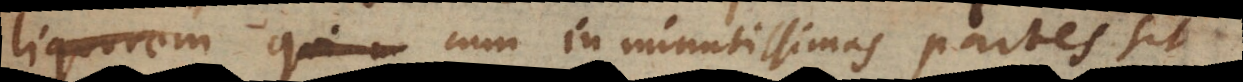
liquore cum in minutissimas partes sit